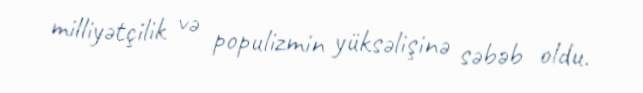
milliyətçilik və populizmin yüksəlişinə səbəb oldu.